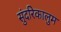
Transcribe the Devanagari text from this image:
सुंदरिकालुम